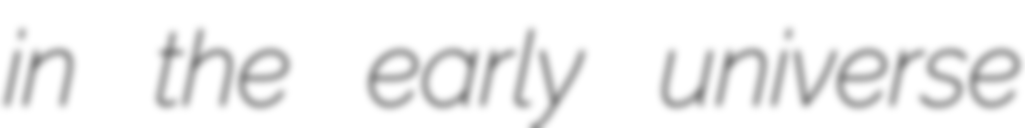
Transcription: in the early universe